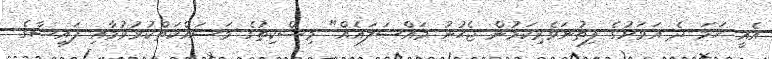
އެއީ ހަމަ ދެ އަވަށުގެ ފިތުނަވެރިކަމުން ޖެހުނު މައްސަލައެއް" މިސްކިތުގެ މަސައްކަތްކުރުވުމާއި ފައިސާގެ